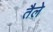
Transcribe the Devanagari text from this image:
तैले